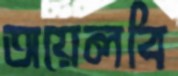
অয়েলবি